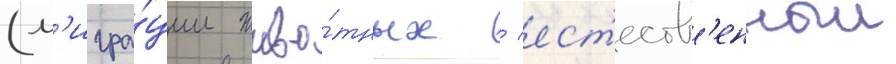
(м'игра́ции живо́тных / ест'еств'енныи